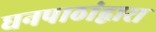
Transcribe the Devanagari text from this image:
घनपाठांद्वारा